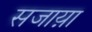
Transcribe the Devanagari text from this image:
सजाय़ा